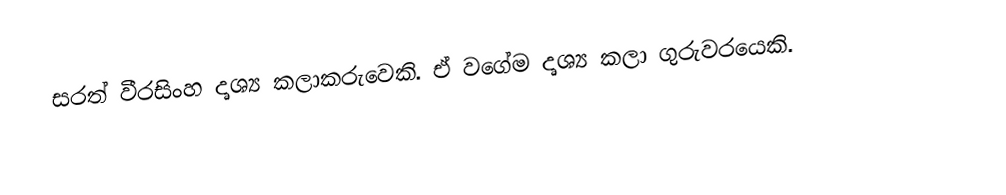
සරත් වීරසිංහ දෘශ්‍ය කලාකරුවෙකි.  ඒ වගේම දෘශ්‍ය කලා ගුරුවරයෙකි.